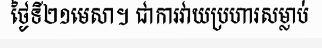
ថ្ងៃទី២១មេសា។ ជាការវាយប្រហារសម្លាប់